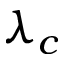
\lambda _ { c }